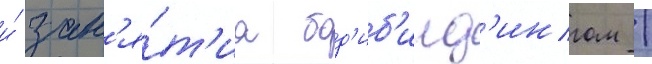
и́ зан'я́т'иа бод'иб'илд'ингом /